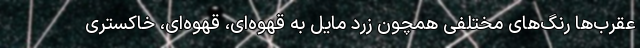
عقرب‌ها رنگ‌های مختلفی همچون زرد مایل به قهوه‌ای، قهوه‌ای، خاکستری